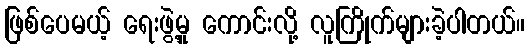
ဖြစ်ပေမယ့် ရေးဖွဲ့မှု ကောင်းလို့ လူကြိုက်များခဲ့ပါတယ်။